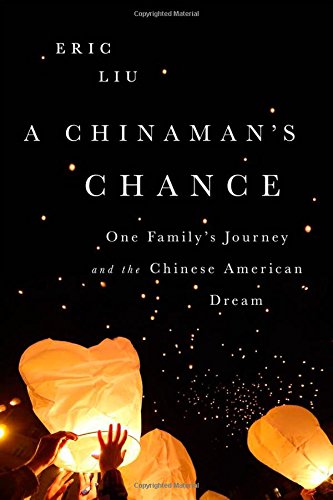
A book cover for A Chinaman's Chance: One Family's Journey and the Chinese American Dream; Eric Liu; Biographies & Memoirs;